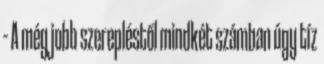
– A még jobb szerepléstől mindkét számban úgy tíz